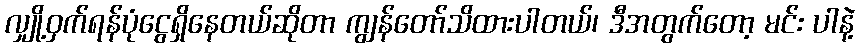
လျှို့ဝှက်ရန်ပုံငွေရှိနေတယ်ဆိုတာ ကျွန်တော်သိထားပါတယ်၊ ဒီအတွက်တော့ မင်း ပါနဲ့